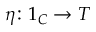
\eta \colon 1 _ { C } \to T